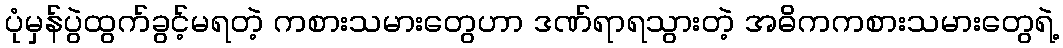
ပုံမှန်ပွဲထွက်ခွင့်မရတဲ့ ကစားသမားတွေဟာ ဒဏ်ရာရသွားတဲ့ အဓိကကစားသမားတွေရဲ့